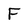
Character: F